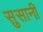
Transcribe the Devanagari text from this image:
सुसानी